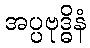
အပ္ပဗုဒ္ဓိနံ